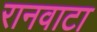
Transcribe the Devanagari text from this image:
रानवाटा